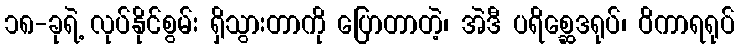
၁၈-ခုရဲ့ လုပ်နိုင်စွမ်း ရှိသွားတာကို ပြောတာတဲ့၊ အဲဒီ ပရိစ္ဆေဒရုပ်၊ ဝိကာရရုပ်